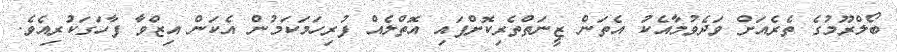
ބޯލްރޫމުގެ ތެރެއަށް ވަދެވުމާއެކު އެތަން ޒީނަތްތެރިކޮށްފައި އޮތްލެއް ފުރިހަމަކަމުން އެކަން އިޒްވާ ފާހަގަކުރިއެވެ.